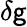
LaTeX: \delta\mathsf{g}